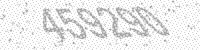
Solution: 459290